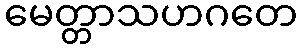
မေတ္တာသဟဂတေ